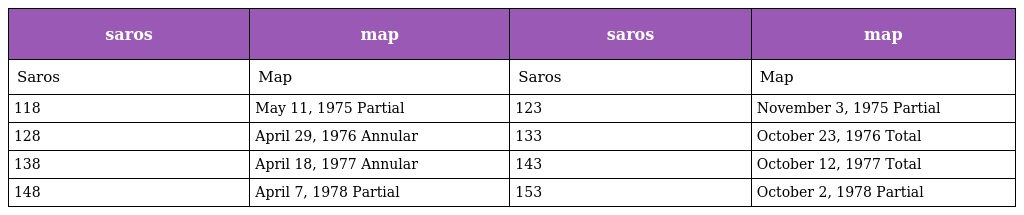
| saros | map | saros | map |
 | --- | --- | --- | --- |
 | Saros | Map | Saros | Map |
 | 118 | May 11, 1975 Partial | 123 | November 3, 1975 Partial |
 | 128 | April 29, 1976 Annular | 133 | October 23, 1976 Total |
 | 138 | April 18, 1977 Annular | 143 | October 12, 1977 Total |
 | 148 | April 7, 1978 Partial | 153 | October 2, 1978 Partial |